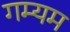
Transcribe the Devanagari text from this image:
गम्यम